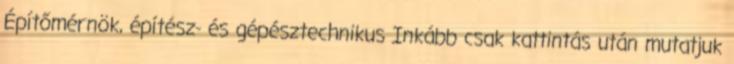
Építőmérnök, építész- és gépésztechnikus Inkább csak kattintás után mutatjuk